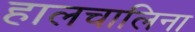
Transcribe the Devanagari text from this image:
हालचालिना